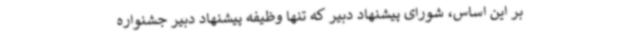
بر این اساس، شورای پیشنهاد دبیر که تنها وظیفه پیشنهاد دبیر جشنواره